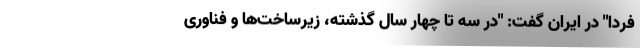
فردا" در ایران گفت: "در سه تا چهار سال گذشته، زیرساخت‌ها و فناوری